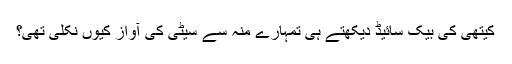
کیتھی کی بیک سائیڈ دیکھتے ہی تمہارے منہ سے سیٹی کی آواز کیوں نکلی تھی؟